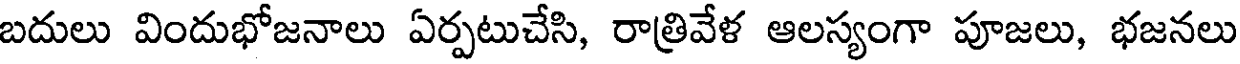
బదులు విందుభోజనాలు ఏర్పటుచేసి, రాత్రివేళ ఆలస్యంగా పూజలు, భజనలు